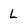
Character: L